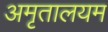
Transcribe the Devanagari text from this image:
अमृतालयम